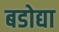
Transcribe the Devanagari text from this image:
बडोद्या